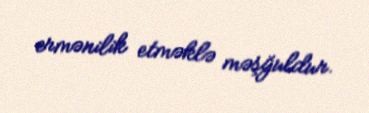
ermənilik etməklə məşğuldur.